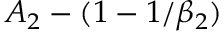
A _ { 2 } - ( 1 - 1 / \beta _ { 2 } )